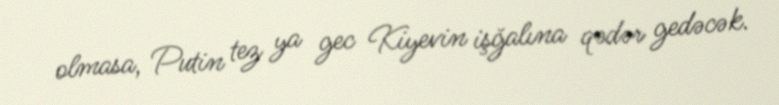
olmasa, Putin tez ya gec Kiyevin işğalına qədər gedəcək.